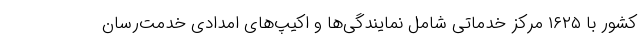
کشور با ۱۶۲۵ مرکز خدماتی شامل نمایندگی‌ها و اکیپ‌های امدادی خدمت‌رسان